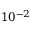
1 0 ^ { - 2 }